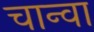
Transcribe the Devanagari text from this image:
चान्वा